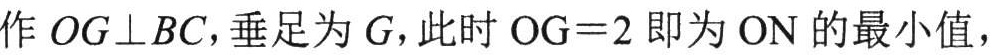
作 \(OG\perp BC\)，垂足为 \(G\)，此时 \(OG = 2\) 即为 \(ON\) 的最小值，